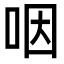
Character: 咽